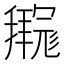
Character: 𫹊